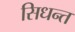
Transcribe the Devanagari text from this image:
सिधन्त